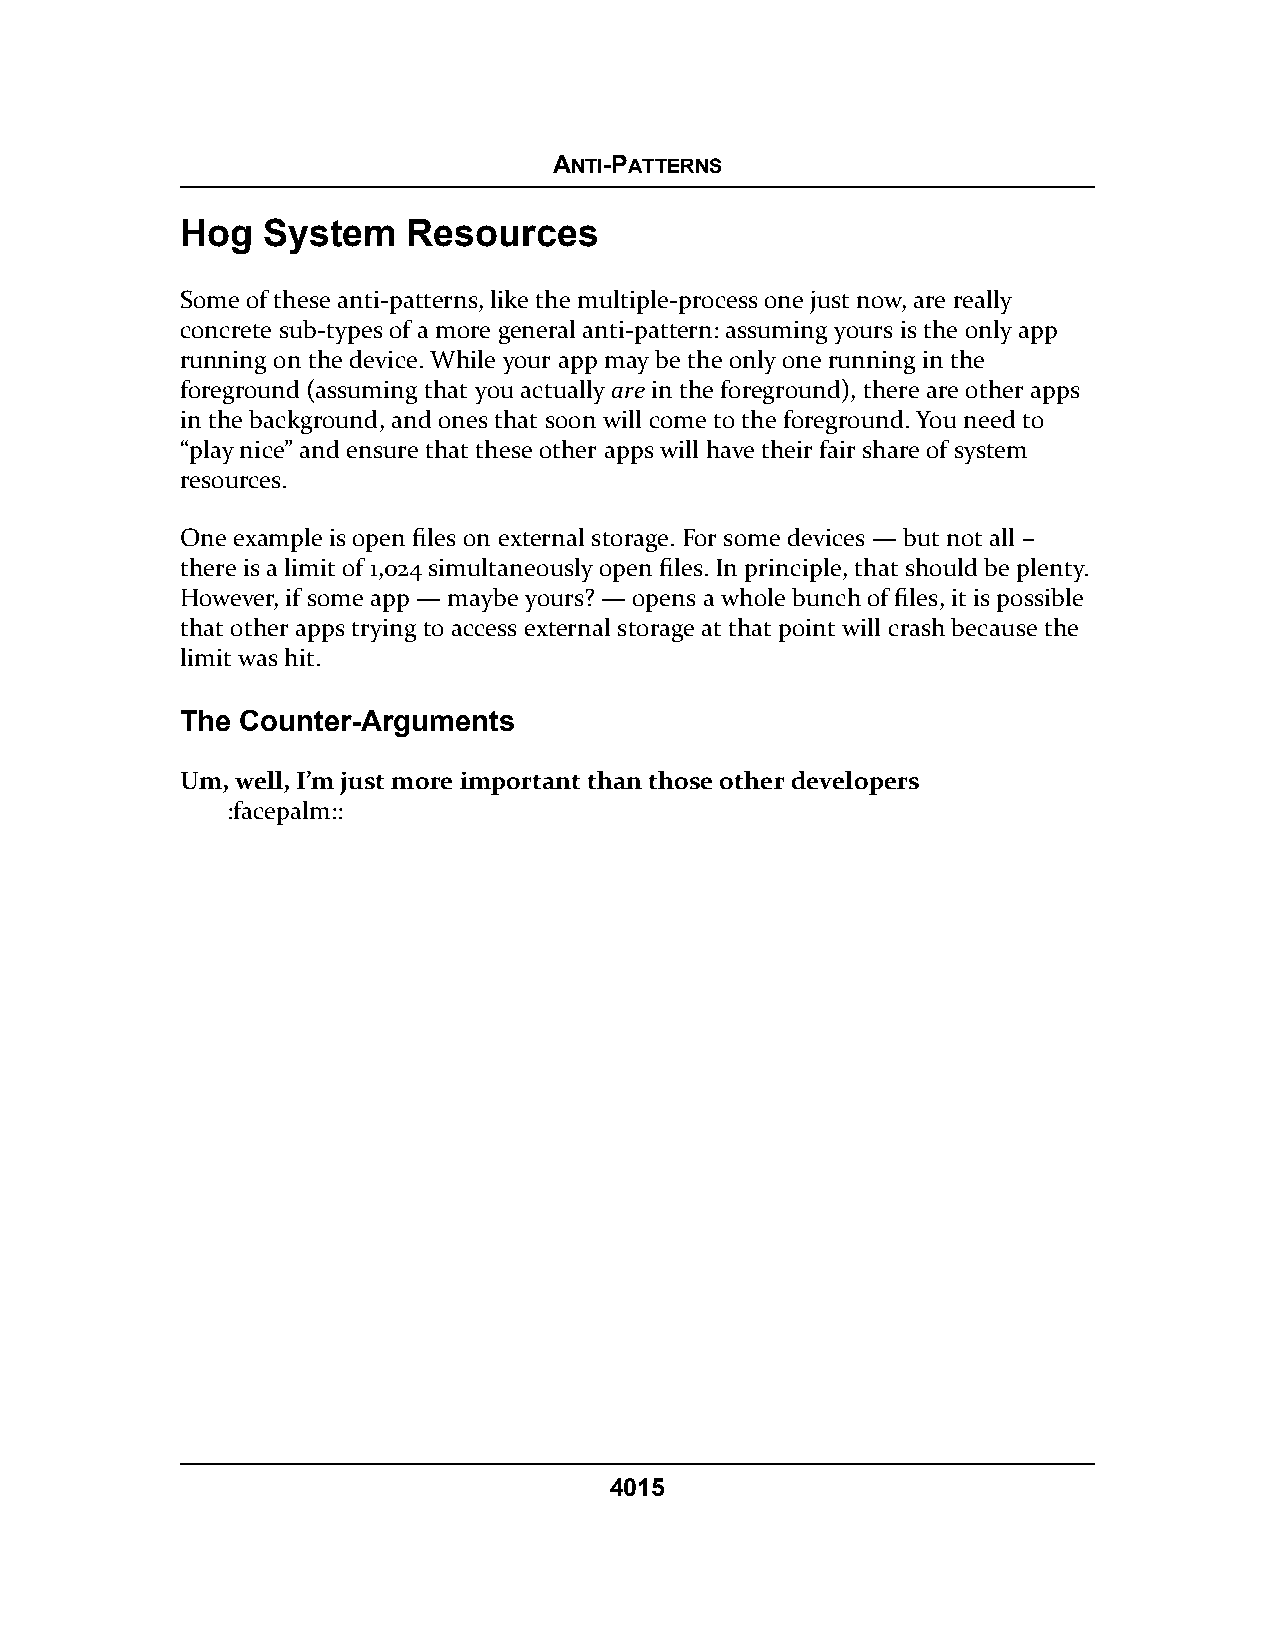
ANTI-PATTERNS
 Hog  System    Resources
 Some of these anti-patterns, like the multiple-process one just now, are really
 concrete sub-types of a more general anti-pattern: assuming yours is the only app
 running on the device. While your app may be the only one running in the
 foreground (assuming that you actually are in the foreground), there are other apps
 in the background, and ones that soon will come to the foreground. You need to
 “play nice” and ensure that these other apps will have their fair share of system
 resources.
 One example is open files on external storage. For some devices — but not all –
 there is a limit of 1,024 simultaneously open files. In principle, that should be plenty.
 However, if some app — maybe yours? — opens a whole bunch of files, it is possible
 that other apps trying to access external storage at that point will crash because the
 limit was hit.
 The Counter-Arguments
 Um, well, I’m just more important than those other developers
 :facepalm::
 4015